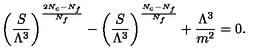
\biggl ( \frac { S } { \Lambda ^ { 3 } } \biggr ) ^ { \frac { 2 N _ { c } - N _ { f } } { N _ { f } } } - \biggl ( \frac { S } { \Lambda ^ { 3 } } \biggr ) ^ { \frac { N _ { c } - N _ { f } } { N _ { f } } } + \frac { \Lambda ^ { 3 } } { m ^ { 2 } } = 0 .